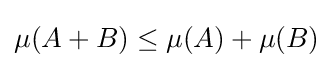
\mu (A+B)\leq \mu (A)+\mu (B)